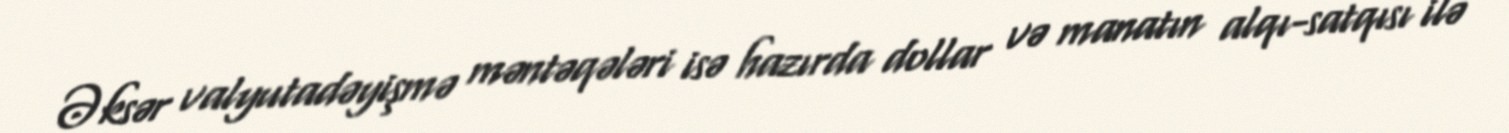
Əksər valyutadəyişmə məntəqələri isə hazırda dollar və manatın alqı-satqısı ilə